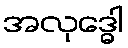
အလုဒ္ဓေါ